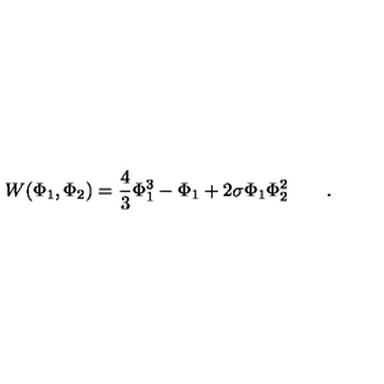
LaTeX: W ( \Phi _ { 1 } , \Phi _ { 2 } ) = \frac { 4 } { 3 } \Phi _ { 1 } ^ { 3 } - \Phi _ { 1 } + 2 \sigma \Phi _ { 1 } \Phi _ { 2 } ^ { 2 } \qquad .